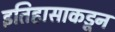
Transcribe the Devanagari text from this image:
इतिहासाकडून